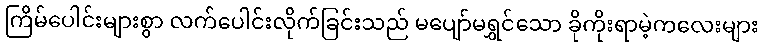
ကြိမ်ပေါင်းများစွာ လက်ပေါင်းလိုက်ခြင်းသည် မပျော်မရွှင်သော ခိုကိုးရာမဲ့ကလေးများ